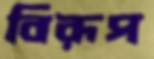
বিরূপ